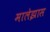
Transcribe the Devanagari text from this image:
मालेझास